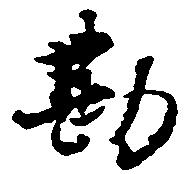
勘